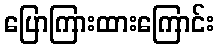
ပြောကြားထားကြောင်း